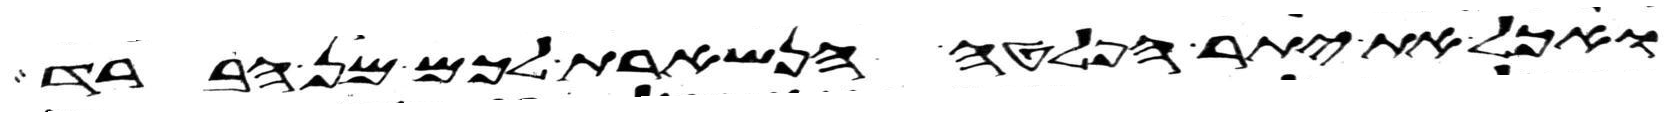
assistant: ואכל את יתר הפלטה הנשארת לכם מן הברד